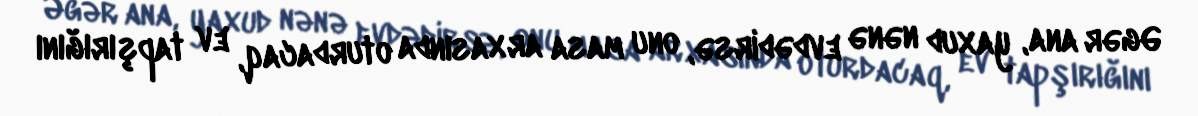
Əgər ana, yaxud nənə evdədirsə, onu masa arxasında oturdacaq, ev tapşırığını